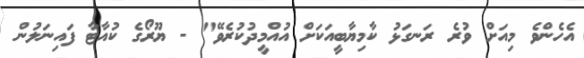
އެހެންވެ މިއަށް ވުރެ ރަނގަޅު ކާމިޔާބީއަކަށް އުއްމީދުކުރެވޭ" - ޔޫރޯގެ ކުއާޓާ ފައިނަލުން